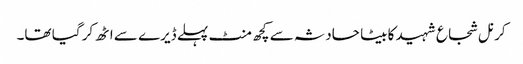
کرنل شجاع شہید کا بیٹا حادثہ سے کچھ منٹ پہلے ڈیرے سے اٹھ کر گیا تھا۔